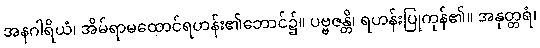
အနဂါရိယံ၊ အိမ်ရာမထောင်ရဟန်း၏ဘောင်၌။ ပဗ္ဗဇန္တိ၊ ရဟန်းပြုကုန်၏။ အနုတ္တရံ၊